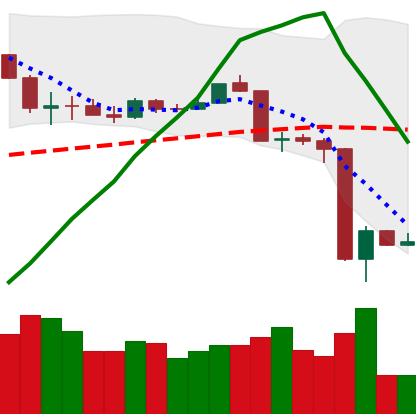
Ticker: ETH-USD
Chart end date: 2020-03-15
Forward return: 6.008%
Label: up_5_7